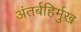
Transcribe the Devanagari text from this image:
अंतर्बहिर्मुख